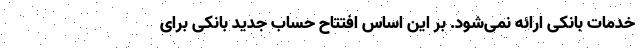
خدمات بانکی ارائه نمی‌شود. بر این اساس افتتاح حساب جدید بانکی برای